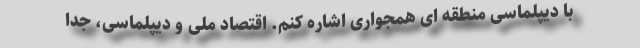
با دیپلماسی منطقه ای همجواری اشاره کنم. اقتصاد ملی و دیپلماسی، جدا